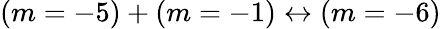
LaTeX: (m=-5)+(m=-1)\leftrightarrow(m=-6)